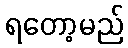
ရတော့မည်